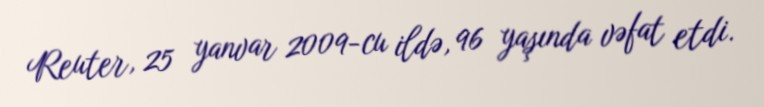
Reuter, 25 yanvar 2009-cu ildə, 96 yaşında vəfat etdi.